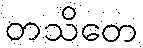
တသိတေ